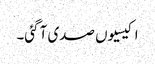
اکیسیوں صدی آ گئی۔